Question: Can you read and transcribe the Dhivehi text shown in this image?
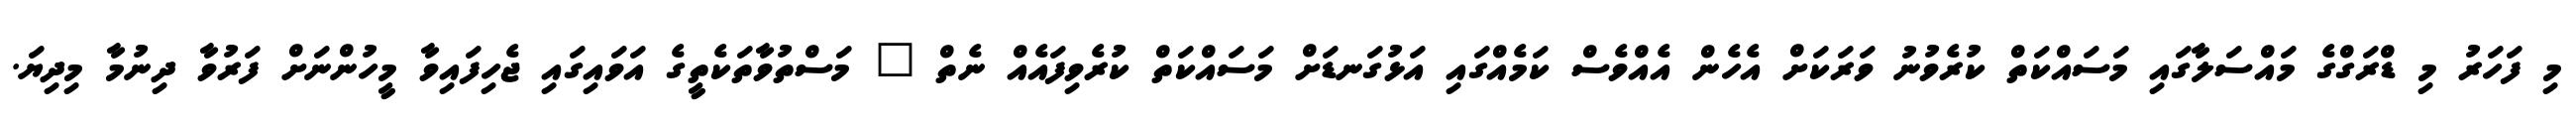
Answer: މި ފަހަރު މި ޑްރަގްގެ މައްސަލާގައި މަސައްކަތް ކުރެވުނު ވަރަކަށް އެހެން އެއްވެސް ކަމެއްގައި އަޅުގަނޑަށް މަސައްކަތް ކުރެވިފައެއް ނެތް " މަސްތުވާތަކެތީގެ އަވައިގައި ޖެހިފައިވާ މީހުންނަށް ފަރުވާ ދިނުމާ މިދިޔަ.